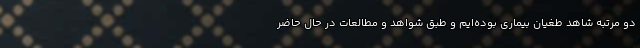
دو مرتبه شاهد طغیان بیماری بوده‌ایم و طبق شواهد و مطالعات در حال حاضر